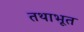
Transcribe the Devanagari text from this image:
तथाभूत